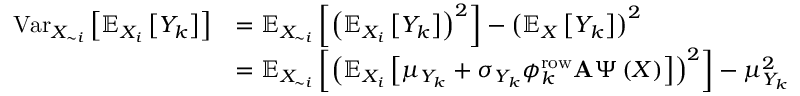
\begin{array} { r l } { \operatorname { V a r } _ { X _ { \sim i } } \left[ \mathbb { E } _ { X _ { i } } \left[ Y _ { k } \right] \right] } & { = \mathbb { E } _ { X _ { \sim i } } \left[ \left( \mathbb { E } _ { X _ { i } } \left[ Y _ { k } \right] \right) ^ { 2 } \right] - \left( \mathbb { E } _ { X } \left[ Y _ { k } \right] \right) ^ { 2 } } \\ & { = \mathbb { E } _ { X _ { \sim i } } \left[ \left( \mathbb { E } _ { X _ { i } } \left[ \mu _ { Y _ { k } } + \sigma _ { Y _ { k } } \boldsymbol { \phi } _ { k } ^ { \mathrm { r o w } } \mathbf { A } \boldsymbol { \Psi } \left( \boldsymbol { X } \right) \right] \right) ^ { 2 } \right] - \mu _ { Y _ { k } } ^ { 2 } } \end{array}